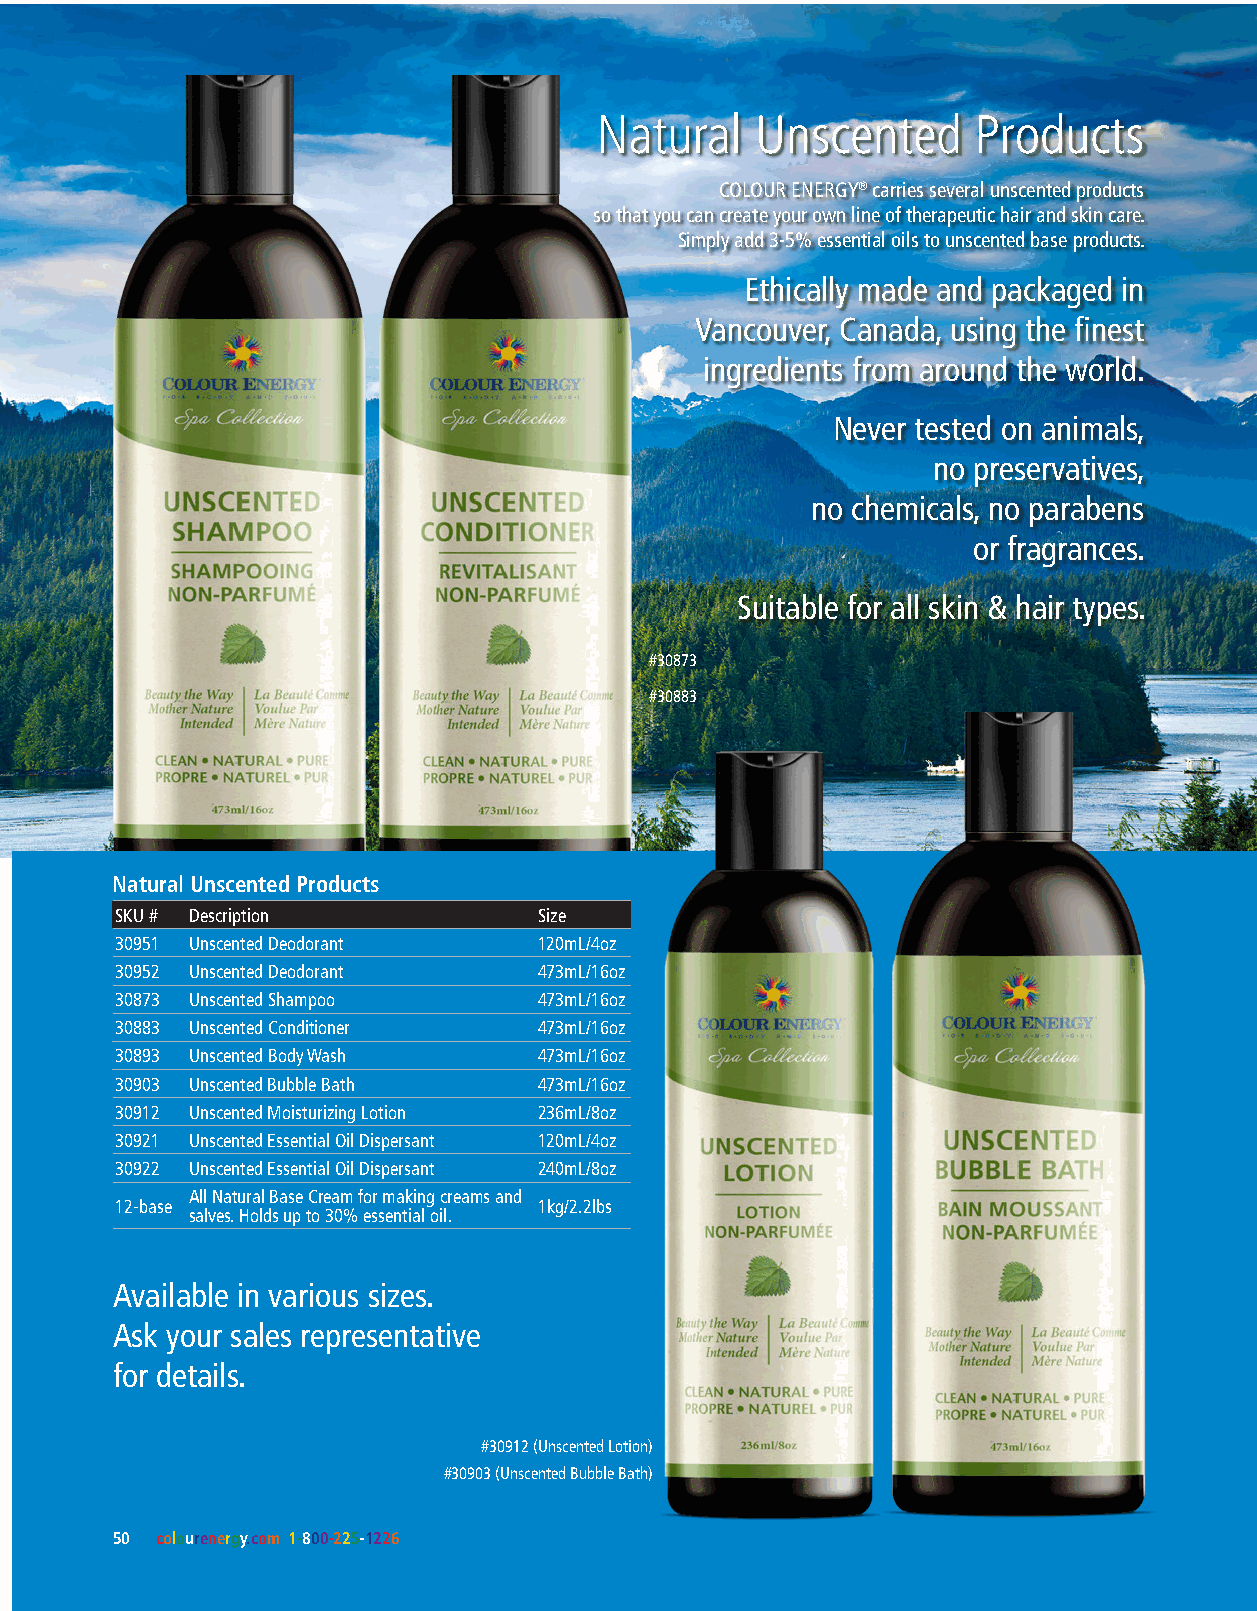
Natural    Unscented     Products
 COLOUR ENERGY® carries several unscented products
 so that you can create your own line of therapeutic hair and skin care.
 Simply add 3-5% essential oils to unscented base products.
 Ethically made and packaged in
 Vancouver, Canada, using the finest
 ingredients from around the world.
 Never tested on animals,
 no preservatives,
 no chemicals, no parabens
 or fragrances.
 Suitable for all skin & hair types.
 #30873
 #30883
 Natural Unscented Products
 SKU # Description           Size
 30951 Unscented Deodorant   120mL/4oz
 30952 Unscented Deodorant   473mL/16oz
 30873 Unscented Shampoo     473mL/16oz
 30883 Unscented Conditioner 473mL/16oz
 30893 Unscented Body Wash   473mL/16oz
 30903 Unscented Bubble Bath 473mL/16oz
 30912 Unscented Moisturizing Lotion 236mL/8oz
 30921 Unscented Essential Oil Dispersant 120mL/4oz
 30922 Unscented Essential Oil Dispersant 240mL/8oz
 All Natural Base Cream for making creams and
 12-base                     1kg/2.2lbs
 salves. Holds up to 30% essential oil.
 Available in various sizes.
 Ask your sales representative
 for details.
 #30912 (Unscented Lotion)
 #30903 (Unscented Bubble Bath)
 50 colourenergy.com 1-800-225-1226